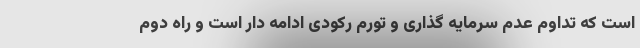
است که تداوم عدم سرمایه گذاری و تورم رکودی ادامه دار است و راه دوم